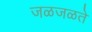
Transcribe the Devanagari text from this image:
जळजळते